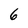
Character: 6